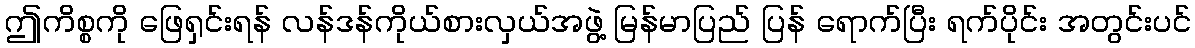
ဤကိစ္စကို ဖြေရှင်းရန် လန်ဒန်ကိုယ်စားလှယ်အဖွဲ့ မြန်မာပြည် ပြန် ရောက်ပြီး ရက်ပိုင်း အတွင်းပင်